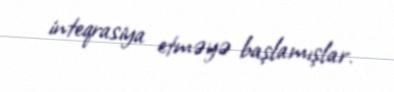
inteqrasiya etməyə başlamışlar.